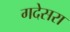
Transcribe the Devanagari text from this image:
गदेसरा